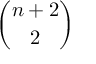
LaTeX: \binom { n + 2 } { 2 }